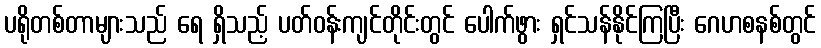
ပရိုတစ်တာများသည် ရေ ရှိသည့် ပတ်ဝန်းကျင်တိုင်းတွင် ပေါက်ဖွား ရှင်သန်နိုင်ကြပြီး ဂေဟစနစ်တွင်